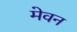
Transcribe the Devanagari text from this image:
मेवन